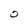
Character: O